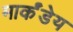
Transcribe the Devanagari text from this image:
मार्कंंडेय